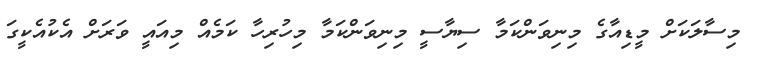
މިސާލަކަށް މީޑިއާގެ މިނިވަންކަމާ ސިޔާސީ މިނިވަންކަމާ މިހުރިހާ ކަމެއް މިއައީ ވަރަށް އެކުއެކީގަ